Medical and sanitary report of the native army of Bengal for the year
Year: 1875
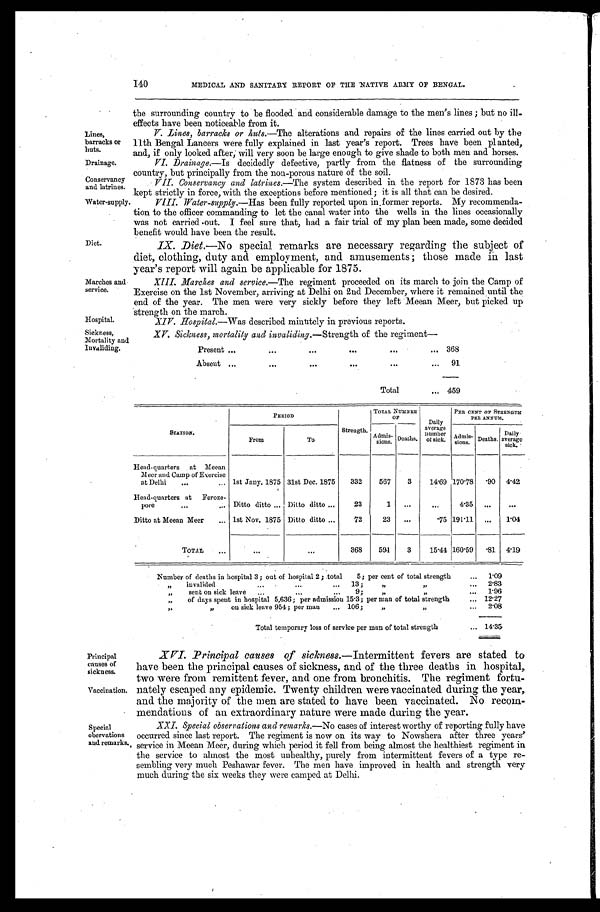
Lines,
barracks or
huts.
Drainage.
Conservancy
and latrines.
XV. Sickness, mortality and invaliding .—Strength of the regiment—
Present. . .
368
Absent . . .
91
Total . . . 459
Sickness,
Mortality and
Invaliding.
Principal
causes of
sickness.
Vaccination.
140
MEDICAL AND SANITARY REPORT OF THE NATIVE ARMY OF BENGAL.
t h e s u r r o u n d i n g c o u n t r y t o b e f l o o d e d a n d c o n s i d e r a b l e d a ma g e t o t h e me n ' s l i n e s ; b u t n o i l l
-effects have been noticeable from it.
V. Lines, barracks or huts.—The alterations and repairs of the lines carried out by the
11th Bengal Lancers were fully explained in last year's report. Trees have been planted,
and, if only looked after; will very soon be large enough to give shade to both men and horses.
VI. Drainage .—Is decidedly defective, partly from the flatness of the surrounding
country, but principally from the non-porous nature of the soil.
V11. Conservancy and latrines .—The system described in the report for 1873 has been
kept strictly in force with the exceptions before mentioned; it is all that can be desired.
Water-supply.
Diet.
Marches and
service.
VIII. Water-supply .—Has been fully reported upon informer reports. My recommenda
- t i o n t o t h e o f f i c e r c o m m a n d i n g t o l e t t h e c a n a l w a t e r i n t o t h e w e l l s i n t h e l i n e s o c c a s i o n a l l y
was not carried out. I feel sure that, had a fair trial of my plan been made, some decided
benefit would have been the result.
IX. Diet .—No special remarks are necessary regarding the subject of
diet, clothing, duty and employment, and amusements; those made in last
year's report will again be applicable for 1875.
XIII. Marches and service .—The regiment proceeded on its march to join the Camp of
Exercise on the 1st November, arriving at Delhi on 2nd December, where it remained until the
end of the year. The men were very sickly before they left Meean Meer, but picked up
s t r e n g t h o n t h e m a r c h .
Hospital.
XIV. Hospital.—Was described minutely in previous reports.
STATION.
PERIOD
Strength.
TOTAL NUMBER
OF
Daily
average
number
of sick.
PER CENT OF STRENGTH
PER ANNUM.
From
To
Admis-
sions. Deaths.
Admis-
sions. Deaths.
Daily
average
sick.
Head-quarters at Meean
Meer and Camp of Exercise
at Delhi . . . 1st Jany. 1875 31st Dec. 1875
332
567
3
14.69 170.78 .90 4.42
Head-quarters at Feroze -
pore . . . Dittoditto . . . Dittoditto . . .
23
1
. . .
. . . 4.35
. . .
. . .
Ditto at Meean Meer . . . 1st Nov. 1875 Dittoditto . . .
72
23
. . .
.75 191.11
. . .
1.04
TOTAL . . .
. . .
. . .
368
591
3
15.44 160.59 .81 4.19
N u m b e r o f d e a t h s i n h o s p i t a l 3 ; o u t o f h o s p i t a l 2 ; t o t a l 5 ; p e r c e n t o f t o t a l s t r e n g t h . . .
1.09
" i n v a l i d e d . . . 1 3 ; " " . . .
2.83
" sent on sick leave . . . 9; " " . . .
1.96
" of days spent in hospital 5,636; per admission 15.3; per man of total strength . . .
12.27
" " on sick leave 954; per man 106; " " . . .
2.08
Total temporary loss of service per man of total strength . . . 14.35
Special
observations
and remarks.
XVI. Principal causes of sickness.—Intermittent fevers are stated to
have been the principal causes of sickness, and of the three deaths in hospital,
two were from remittent fever, and one from bronchitis. The regiment fortu
-nately escaped any epidemic. Twenty children were vaccinated during the year,
and the majority of the men are stated to have been vaccinated. No recom
-mendations of an extraordinary nature were made during the year.
XXI. Special observations and remarks .—No cases of interest worthy of reporting fully have
occurred since last report. The regiment is now on its way to Nowshera after three years'
service in Meean Meer, during which period it fell from being almost the healthiest regiment in
the service to almost the most unhealthy, purely from intermittent fevers of a type re
-sembling very much Peshawar fever. The men have improved in health and strength very
much during the six weeks they were camped at Delhi.